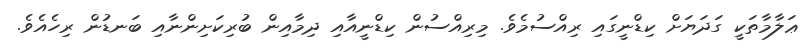
ޢަލާމާތަކީ ގަދަޔަށް ކިޑްނީގައި ރިއްސުމެވެ. މިރިއްސުން ކިޑްނީއާއި ދިމާއިން ބުރިކަށިންނާއި ބަނޑުން ރިހެއެވެ.